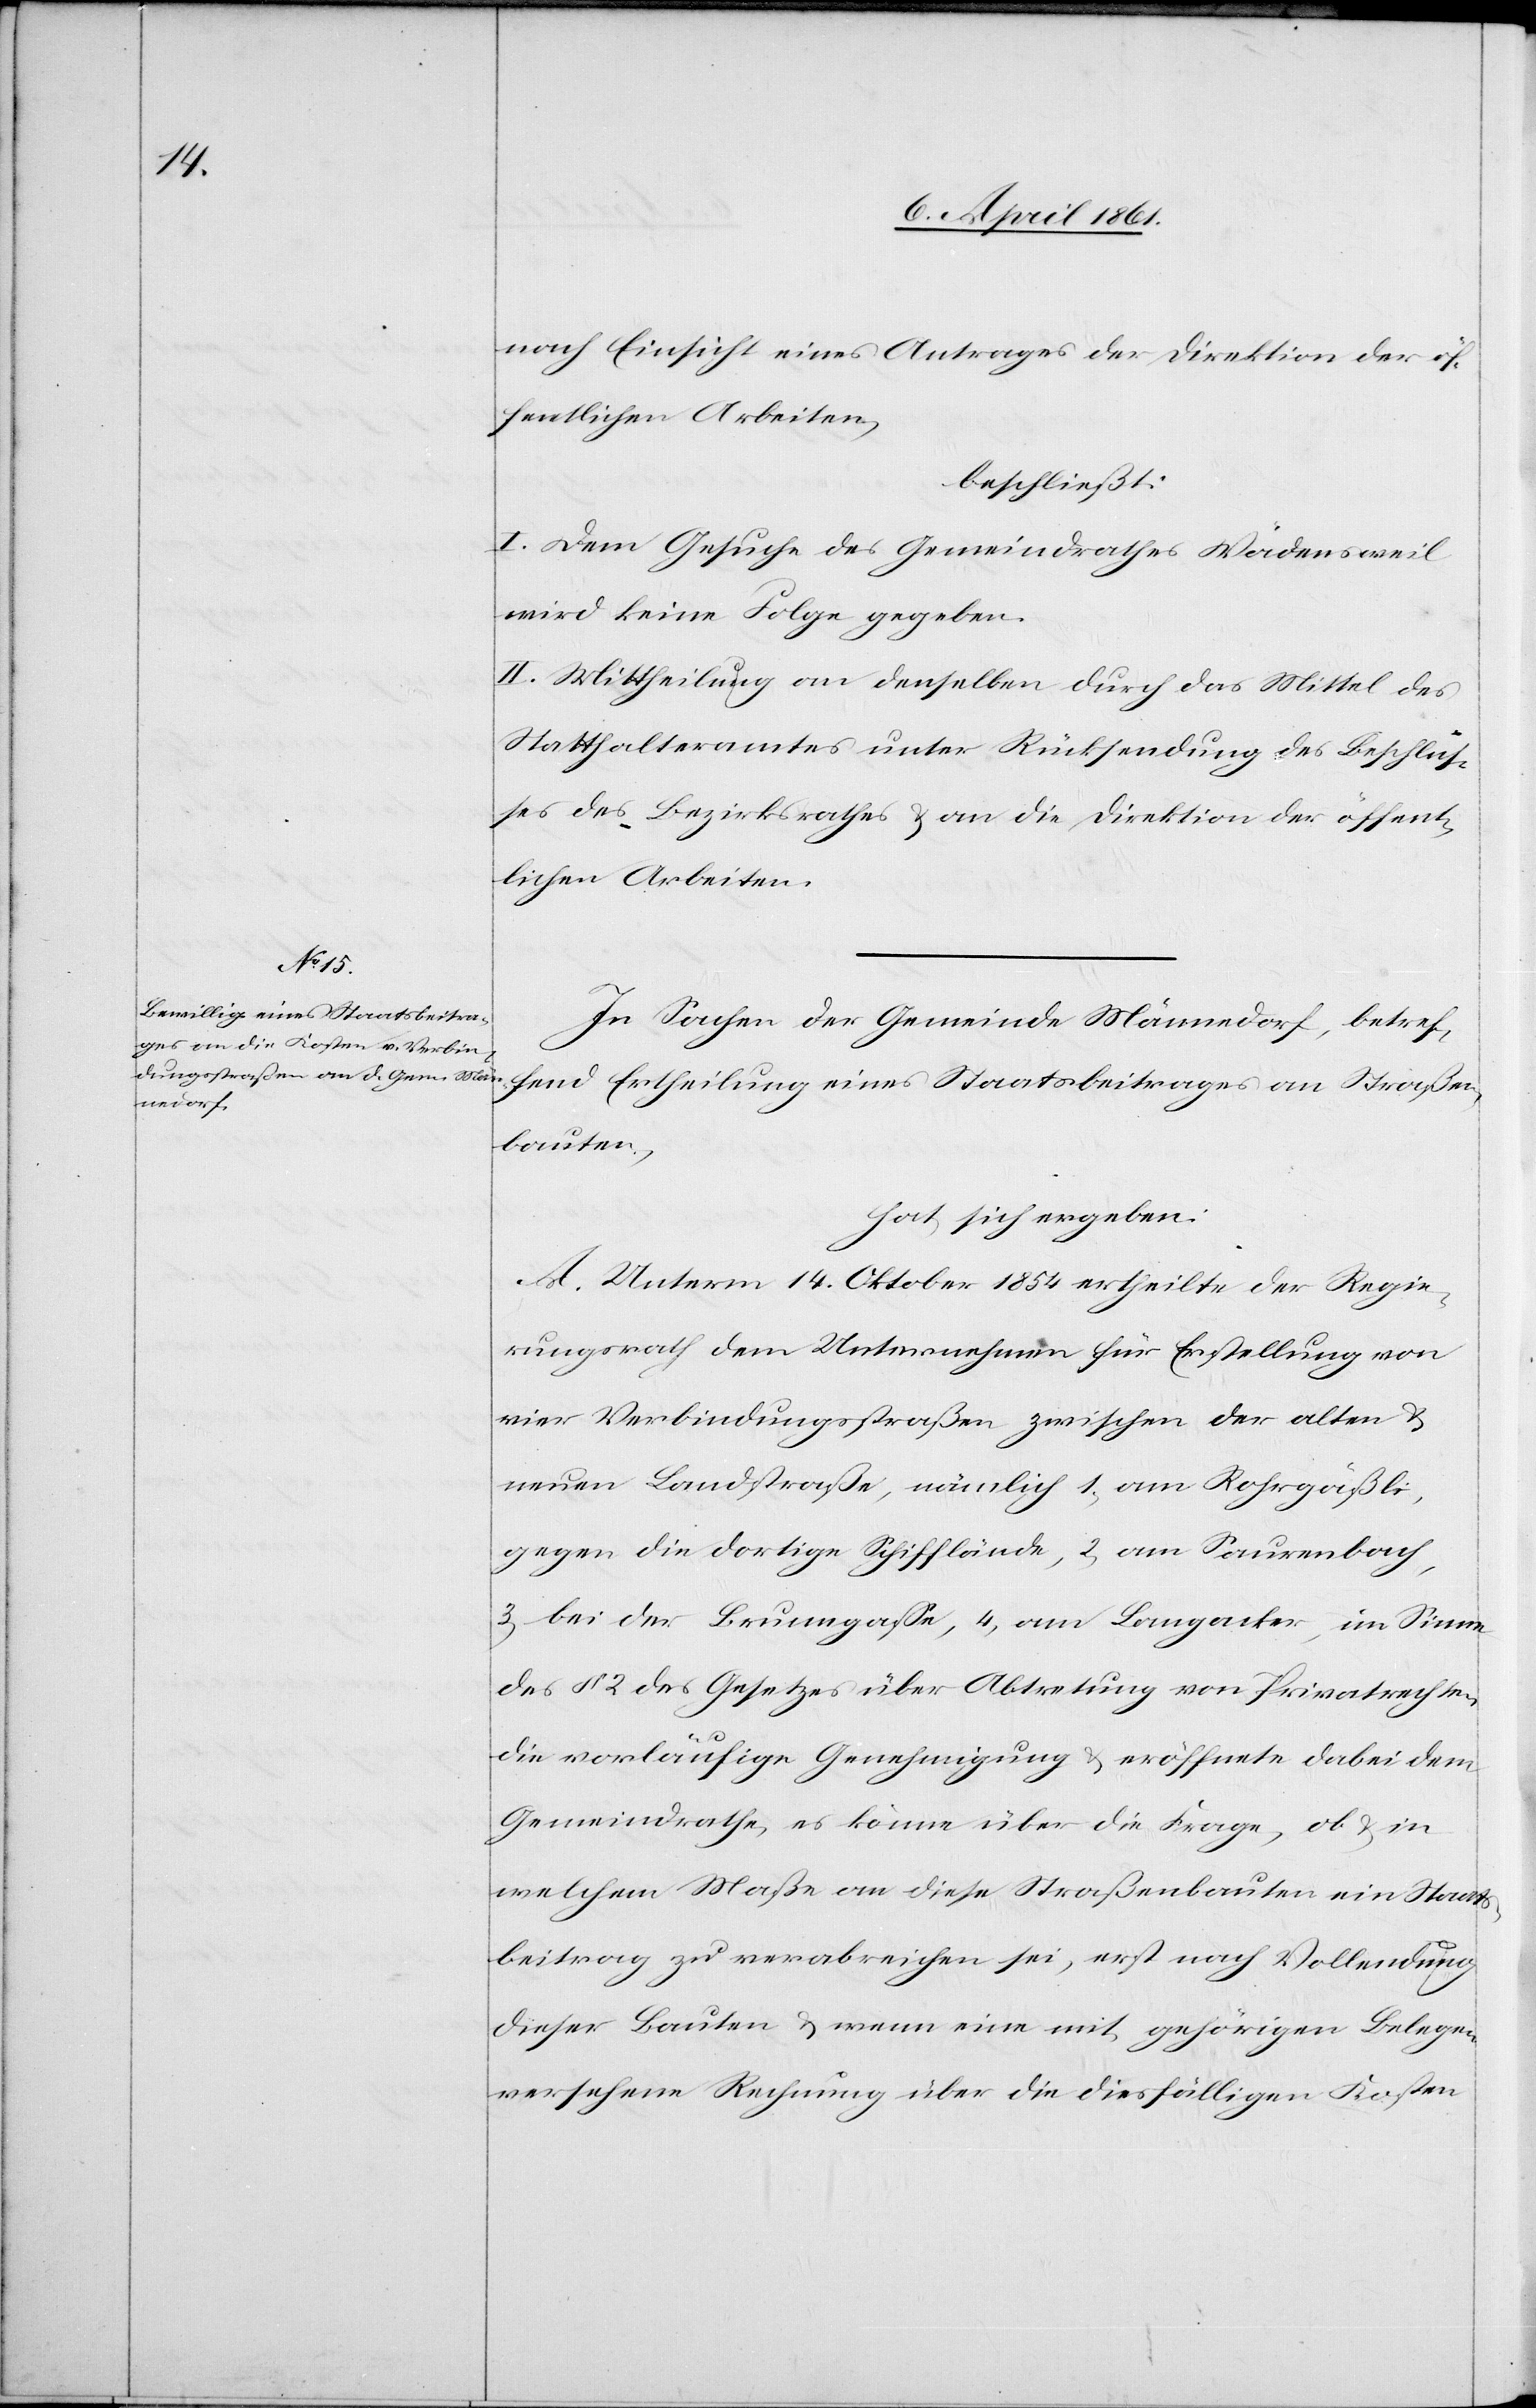
nach Einsicht eines Antrage der Direktion der öf¬
fentlichen Arbeiten,
beschließt:
I. Dem Gesuche des Gemeindrathes Wädensweil
wird keine Folge gegeben.
II. Mittheilung an denselben durch das Mittel des
Statthalteramtes unter Rücksendung des Beschlus¬
ses des Bezirksrathes u. an die Direktion der öffent¬
lichen Arbeiten.
In Sachen der Gemeinde Männedorf, betref¬
fend Ertheilung eines Staatsbeitrages an Straßen¬
bauten,
hat sich ergeben:
A. Unterm 14. Oktober 1854 ertheilte der Regie¬
rungsrath dem Unternehmen für Erstellung von
vier Verbindungsstraßen zwischen der alten u.
neuen Landstraße, nämlich 1. am Rohrgäßli,
gegen die dortige Schifflände, 2. am Saurenbach,
3. bei der Brunngasse, 4. am Langacker, im Sinne
des § 2 des Gesetzes über Abtretung von Privatrechten,
die vorläufige Genehmigung u. eröffnete dabei dem
Gemeindrathe, es könne über die Frage, ob u. in
welchem Maße an diese Straßenbauten ein Staats¬
beitrag zu verabreichen sei, erst nach Vollendung
dieser Bauten u. wenn eine mit gehörigen Belegen
versehene Rechnung über die diesfälligen Kosten